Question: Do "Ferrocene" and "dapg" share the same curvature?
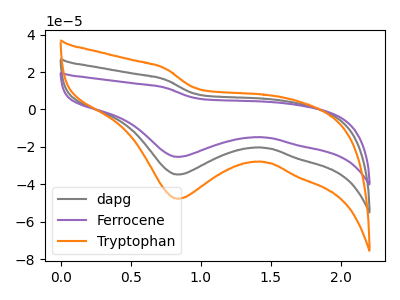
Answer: <think>The gray curve "dapg" has a cathodic peak at: (0.85V, -34.75uA). The purple curve "Ferrocene" has a cathodic peak at: (0.85V, -25.30uA). The orange curve "Tryptophan" has a cathodic peak at: (0.85V, -69.50uA).
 All the peaks in "Ferrocene" have a peak in "dapg" at the same potential. Every peak in "Ferrocene" is lower than every peak in "dapg".</think>
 <answer>"Ferrocene" and "dapg" are similar in shape.</answer>
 <eval>same_shape</eval>